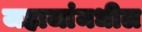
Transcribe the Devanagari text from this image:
जहाजांमधील